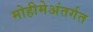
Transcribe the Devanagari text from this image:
मोहीमेअंतर्गत